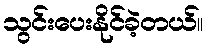
သွင်းပေးနိုင်ခဲ့တယ်။